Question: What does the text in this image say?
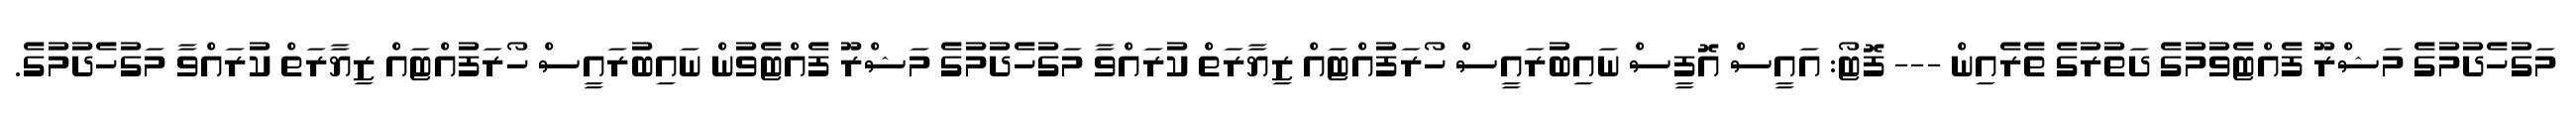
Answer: މަގުހެދުމުގެ މަޝްރޫ ފެއްޓެވުމުގެ ދަތުރުގެ ތެރެއިން --- ފޮޓޯ: އައީސް އޮފީސް ނައިބުރައީސް ހޯރަފުއްޓައް ޒިޔާރަތް ކުރައްވާ މަގުހެދުމުގެ މަޝްރޫ ފެއްޓެވުން ނައިބުރައީސް ހޯރަފުއްޓައް ޒިޔާރަތް ކުރައްވާ މަގުހެދުމުގެ.